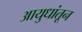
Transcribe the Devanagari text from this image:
आयुधांतून